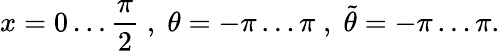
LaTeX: x=0\ldots\frac{\pi}{2}\; ,\; \theta=-\pi\ldots\pi\; ,\; \tilde{\theta}=-\pi\ldots\pi.